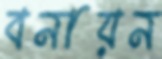
বনায়ন